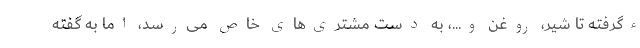
ءگرفته تا شیر، روغن و...، به دست مشتری‌های خاص می‌رسد، اما به گفته